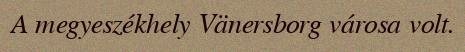
A megyeszékhely Vänersborg városa volt.